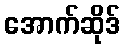
အောက်ဆိုဒ်